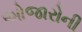
ઓજારોની